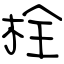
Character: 栓